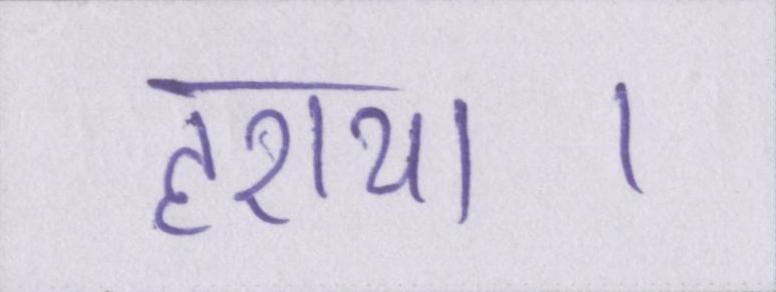
हराया।